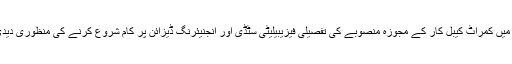
اجلاس میں کمراٹ کیبل کار کے مجوزہ منصوبے کی تفصیلی فیزیبیلیٹی سٹڈی اور انجنیئرنگ ڈیزائن پر کام شروع کرنے کی منظوری دیدی گئی۔